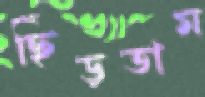
ছিঁড়তাম